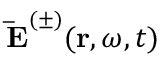
\mathbf { \, \bar { E } } ^ { ( \pm ) } ( \mathbf { r } , \omega , t )